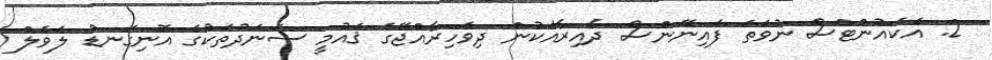
2. އެކައުންޓްސް ނުވަތަ ފައިނޭންސް ދާއިރާއަކުން ދިވެހިރާއްޖޭގެ ޤައުމީ ސަނަދުތަކުގެ އޮނިގަނޑު ލެވެލް